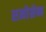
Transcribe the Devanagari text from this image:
स्जोग्रेन